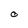
Character: O